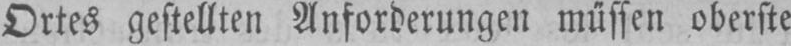
Ortes gestellten Anforderungen müssen oberste